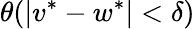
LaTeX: \theta(|v^{*}-w^{*}|<\delta)